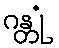
ဂန္တုံ